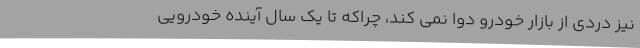
نیز دردی از بازار خودرو دوا نمی کند، چراکه تا یک سال آینده خودرویی